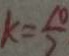
k = \frac { 1 0 } { 2 }